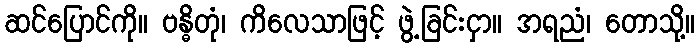
ဆင်ပြောင်ကို။ ဗန္ဓိတုံ၊ ကိလေသာဖြင့် ဖွဲ့ခြင်းငှာ။ အရညံ၊ တောသို့။